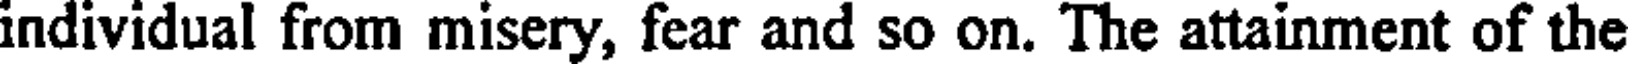
individual from misery, fear and so on. The attainment of the